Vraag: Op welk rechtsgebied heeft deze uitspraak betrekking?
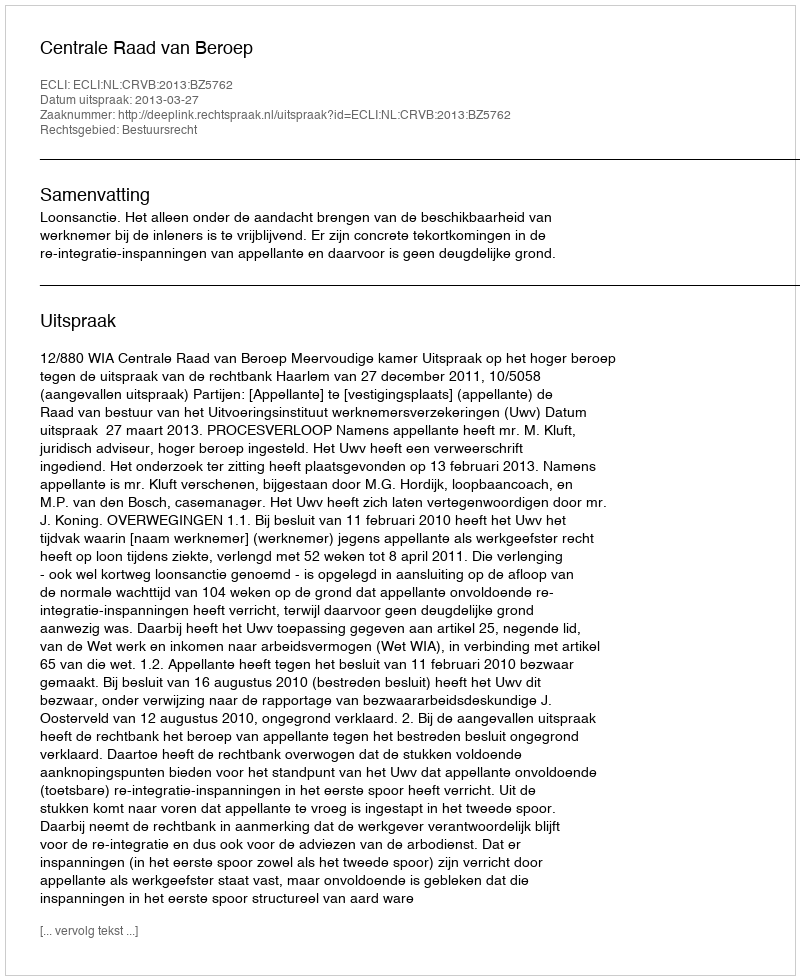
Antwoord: Bestuursrecht